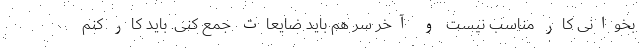
بخوانی کار مناسب نیست و آخر سر هم باید ضایعات جمع کنی. باید کار کنم